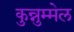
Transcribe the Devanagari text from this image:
कुन्नुम्मेल